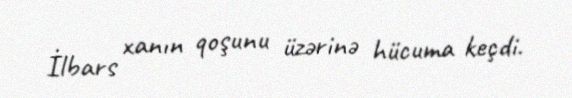
İlbars xanın qoşunu üzərinə hücuma keçdi.